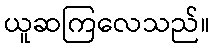
ယူဆကြလေသည်။